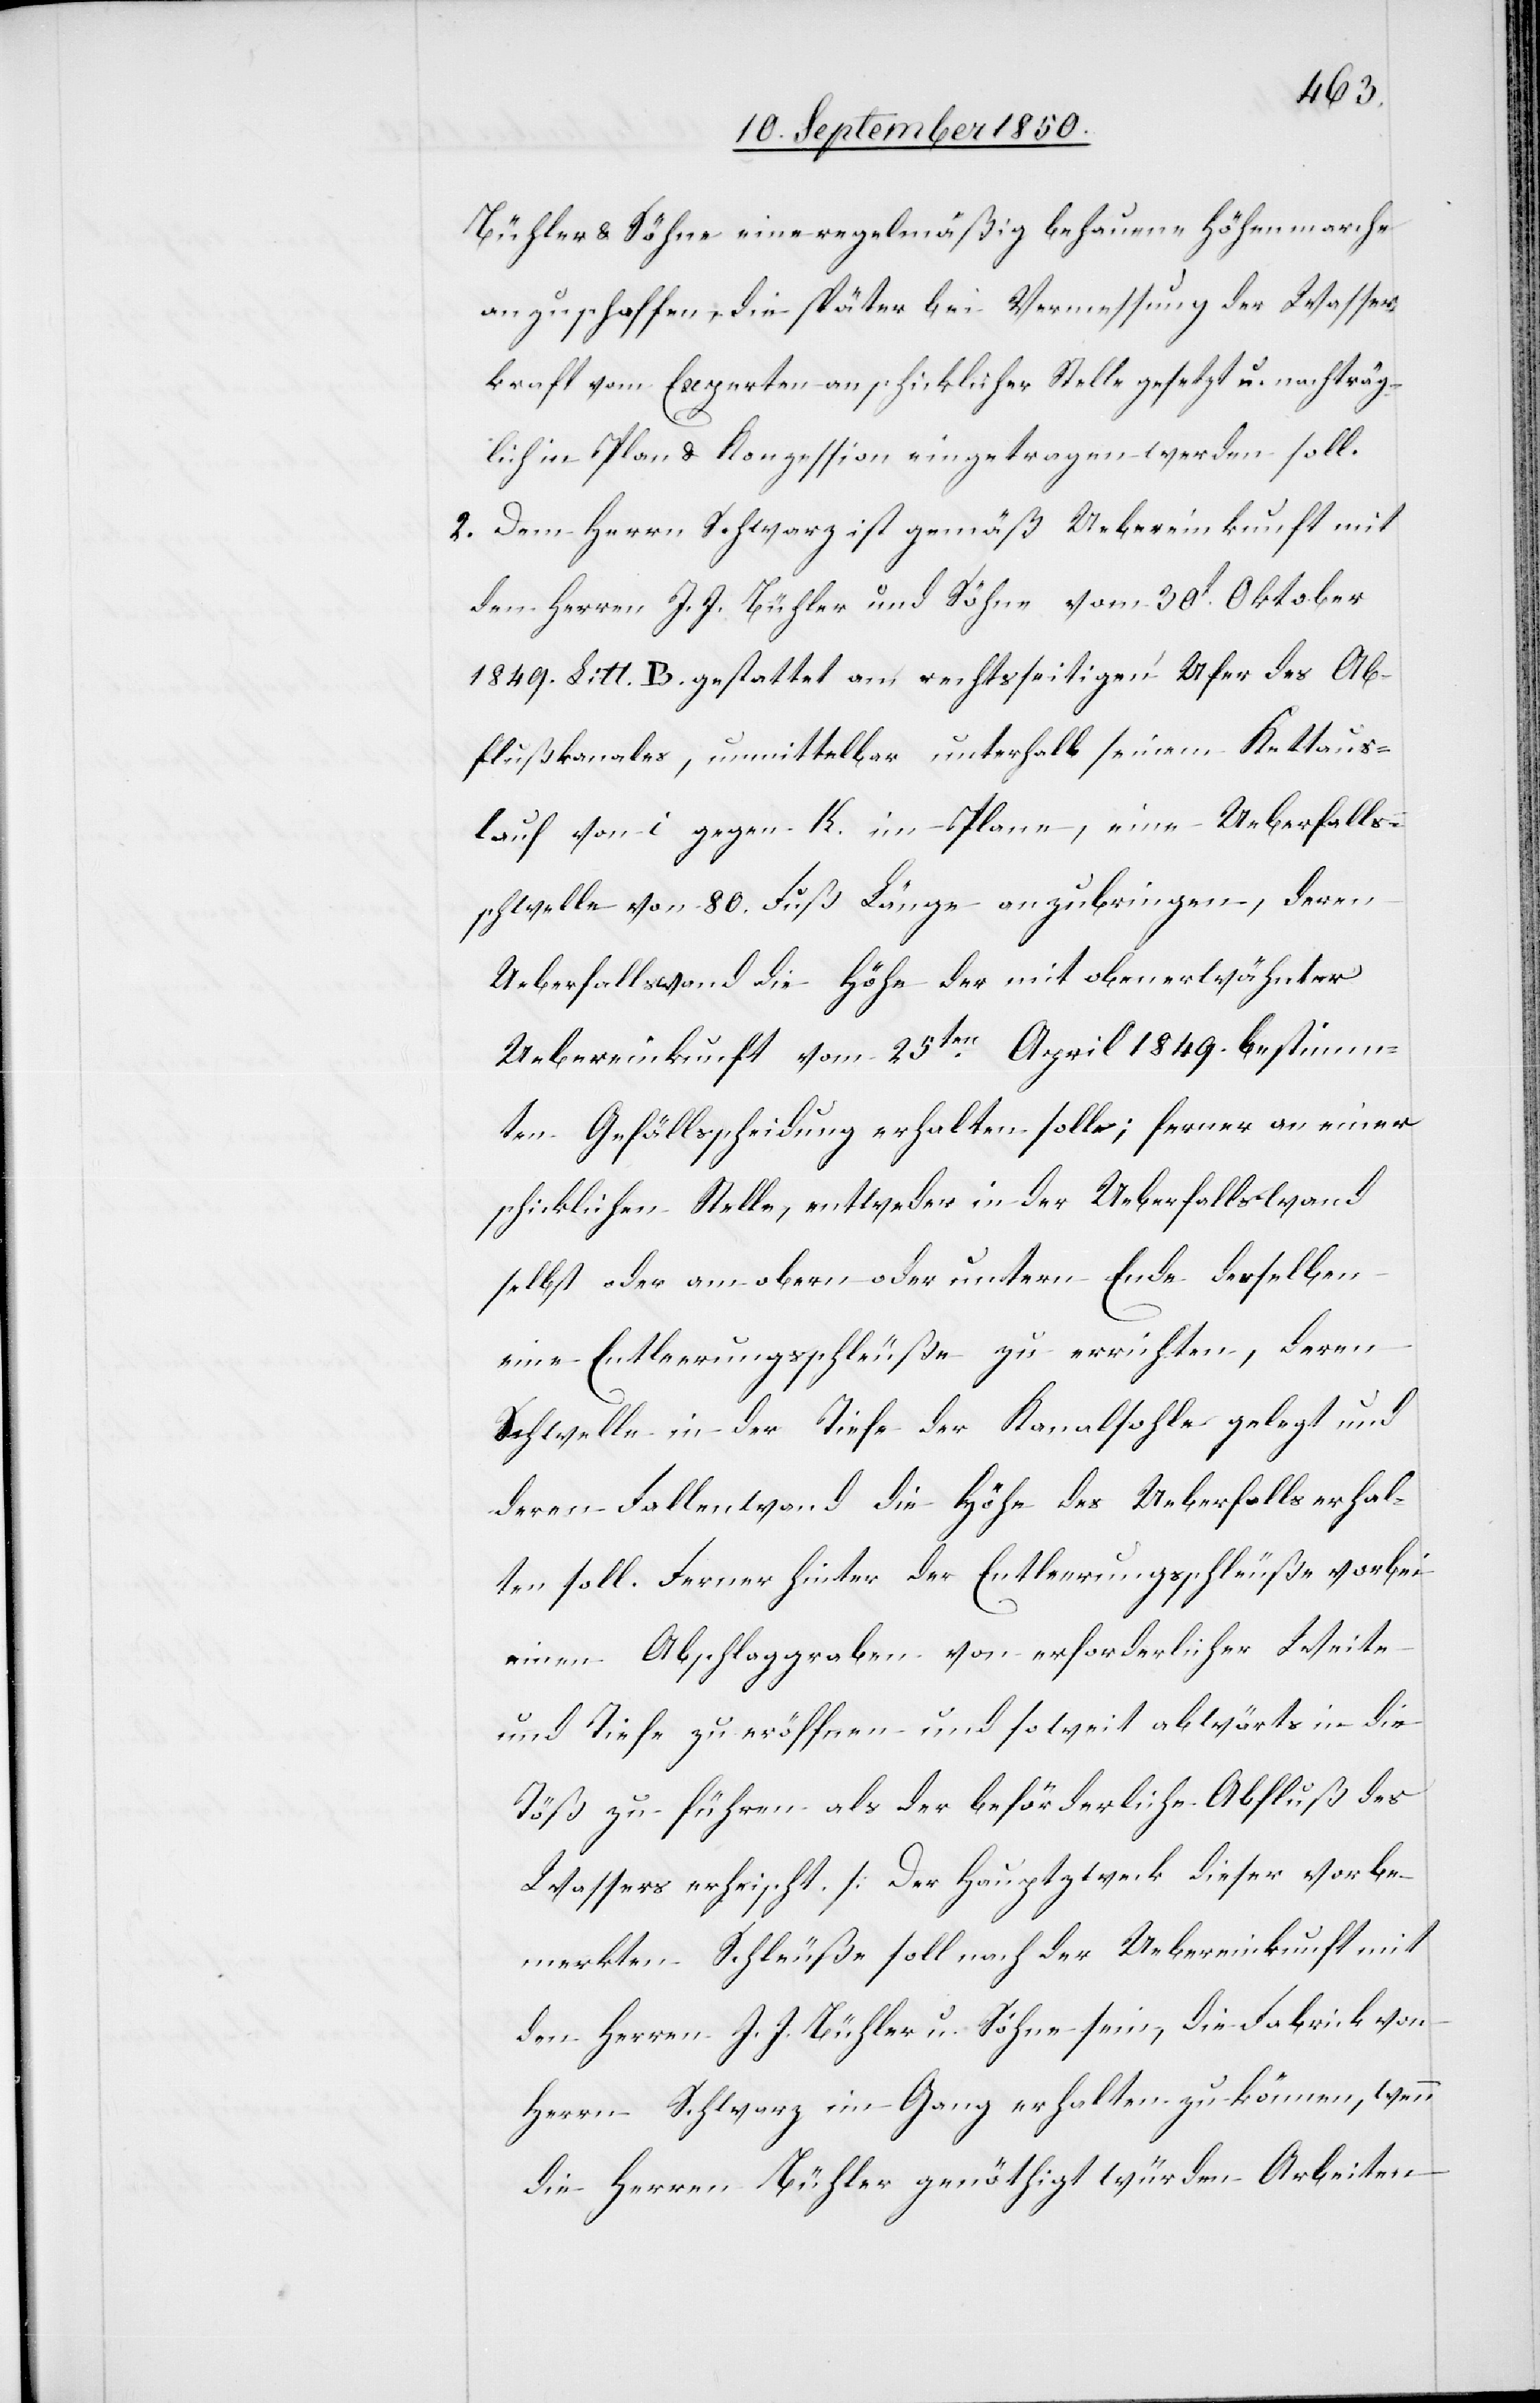
Bühler & Söhne eine regelmäßig behauene Höhenmarche
anzuschaffen, die später bei Vermessung der Wasser¬
kraft vom Experten an schicklicher Stelle gesetzt u. nachträg¬
lich in Plan & Konzession eingetragen werden soll.
2. Dem Herrn Schwarz ist gemäß Uebereinkunft mit
den Herren J. J. Bühler und Söhne vom 30t Oktober
1849. Litt. B. gestattet am rechtsseitigen Ufer des Ab¬
flußkanales, unmittelbar unterhalb seinem Kettaus¬
lauf von i gegen K. im Plane, eine Ueberfalls¬
schwelle von 80. Fuß Länge anzubringen, deren
Ueberfallswand die Höhe der mit obenerwähnter
Uebereinkunft vom 25ten April 1849. bestimm¬
ten Gefällsscheidung erhalten solle; ferner an einer
schicklichen Stelle, entweder in der Ueberfallswand
selbst oder am obern oder untern Ende derselben
eine Entleerungsschleuße zu errichten, deren
Schwelle in der Tiefe der Kanalsohle gelegt und
deren Fallenwand die Höhe des Ueberfalls erhal¬
ten soll. Ferner hinter der Entfernungsschleuße vorbei
einen Abschlaggraben von erforderlicher Weite
und Tiefe zu eröffnen und soweit abwärts in die
Töß zu führen als der beförderliche Abfluß des
Wassers erheischt. [Der Hauptzweck dieser vorbe¬
merkten Schleuße soll nach der Uebereinkunft mit
den Herren J. J. Bühler u. Söhne sein, die Fabrick von
Herrn Schwarz im Gang erhalten zu können, wenn
die Herren Bühler genöthigt würden Arbeiten